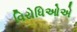
વિરોધિઓએ